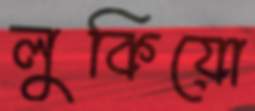
লুকিয়ো